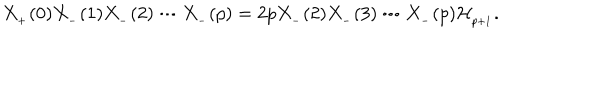
X _ { _ { + } } ( 0 ) X _ { _ { - } } ( 1 ) X _ { _ { - } } ( 2 ) \cdots X _ { _ { - } } ( p ) = 2 p X _ { _ { - } } ( 2 ) X _ { _ { - } } ( 3 ) \cdots X _ { _ { - } } ( p ) { \cal H } _ { _ { p + 1 } } .